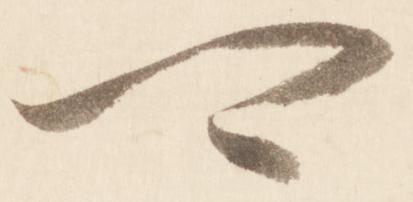
可